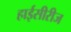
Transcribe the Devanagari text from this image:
हाईसीरीज